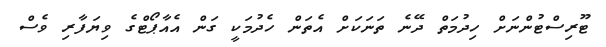
ޓޫރިސްޓުންނަށް ހިދުމަތް ދޭނެ ތަނަކަށް އެތަން ހެދުމަކީ ގަން އެއާޕޯޓްގެ ވިޔަފާރި ވެސް